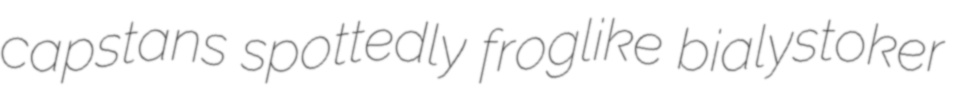
capstans spottedly froglike bialystoker